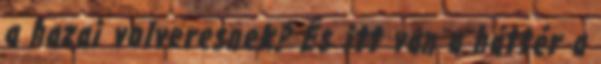
a hazai volveresnek? És itt van a háttér a